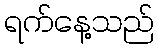
ရက်နေ့သည်